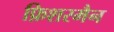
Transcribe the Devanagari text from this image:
फ़िशरमैन